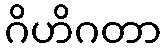
ဂိဟိဂတာ